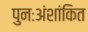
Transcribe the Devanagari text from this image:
पुनःअंशांकित